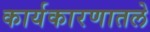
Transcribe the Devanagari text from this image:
कार्यकारणातले